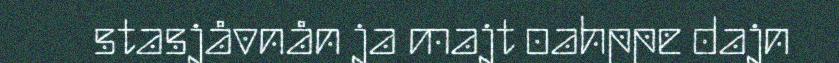
stasjåvnån ja majt oahppe dajn